Lunatic asylums in Bengal annual reports 1888-1898 - 1888-1898
Year: 1888
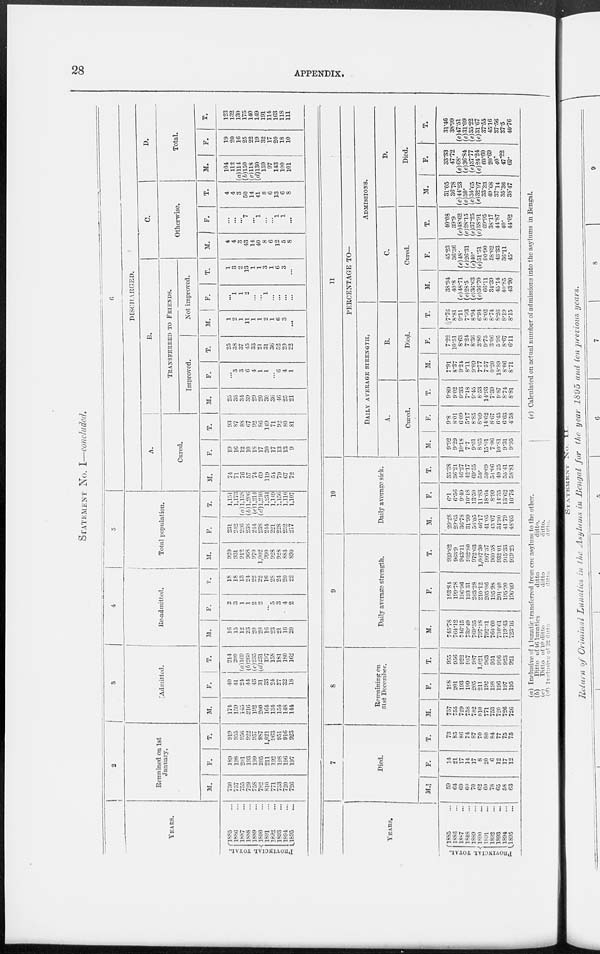
28
APPENDIX.
STATEMENT No. I—concluded.
YEARS.
PROVINCIAL TOTAL.
1885 ...
1886 ...
1887 ...
1888 ...
1889 ...
1890 ...
1891 ...
1892 ...
1893 ...
1894 ...
1895 ...
2
Remained on 1st
January.
M.
730
757
755
729
758
782
810
771
753
720
726
F.
189
198
201
193
199
205
211
192
198
196
197
T.
919
955
956
922
957
987
1,021
963
951
916
923
3
Admitted.
M.
174
159
145
216
192
200
164
134
154
148
144
F.
40
41
24
44
43
31
33
24
27
32
18
T.
214
200
(a)169
(b)260
(c)235
(d)231
197
158
181
180
162
4
Re-admitted.
M.
16
15
12
23
20
20
16
23
21
16
20
F.
2
3
1
1
2
2
...
5
3
4
2
T.
18
18
13
24
22
22
16
28
24
20
22
5
Total population.
M.
920
931
912
968
970
1,002
990
928
928
884
890
F.
231
242
226
238
244
238
244
221
228
232
217
T.
1,151
1,173
(a) 1,138
(b)1,206
(c)1,214
(d)1,240
1,234
1,149
1,156
1,116
1,107
6
DISCHARGED.
A.
Cured.
M.
74
71
76
57
74
69
119
54
79
67
72
F.
19
16
12
10
18
17
30
17
13
13
9
T.
93
87
88
67
92
86
149
71
92
80
81
B.
TRANSFERRED TO FRIENDS.
Improved.
M.
25
35
34
39
29
20
30
36
46
25
21
F.
...
3
3
6
4
1
1
...
6
4
1
T.
25
38
37
45
33
21
31
36
52
29
22
Not improved.
M.
1
2
1
11
1
1
2
1
6
3
...
F.
...
1
1
2
...
...
1
...
...
...
...
T.
1
3
2
13
1
1
3
1
6
3
...
C.
Otherwise.
M.
4
4
3
43
14
40
8
6
12
5
8
F.
...
...
...
7
...
1
...
...
1
1
...
T.
4
4
3
50
14
41
8
6
13
6
8
D.
Total.
M.
104
112
(a)114
(b)150
(c)118
(d)130
159
97
143
100
101
F.
19
20
16
25
22
19
32
17
20
18
10
T.
123
132
130
175
140
149
191
114
163
118
111
YEARS.
PROVINCIAL TOTAL.
1885 ...
1886 ...
1887 ...
1888 ...
1889 ...
1890 ...
1891 ...
1892 ...
1893 ...
1894 ...
1895 ...
7
Died.
M.
59
64
69
60
70
62
60
78
65
58
63
F.
14
21
17
14
17
8
20
6
12
17
12
T.
73
85
86
74
87
70
80
84
77
75
75
8
Remaining on
31st December.
M.
757
755
729
758
782
810
771
753
720
726
726
F.
198
201
193
199
205
211
192
198
196
197
195
T.
955
956
922
957
987
1,021
963
951
916
923
921
9
Daily average strength.
M.
745.78
764.12
746.15
739.49
769.35
797.18
792.31
764.60
730.61
719.43
723.16
F.
193.84
199.78
196.96
193.31
203.28
210.12
205.06
195.98
201.40
195.90
196.09
T.
939.62
963.9
943.11
932.80
972.63
1,007.30
997.37
960.58
932.01
915.33
919.25
10
Daily average sick.
M.
29.28
29.65
36.78
31.99
56.05
46.17
41.05
45.07
34.90
41.79
48.05
F.
6.1
6.56
9.49
10.18
13.50
11.83
18.64
8.99
14.35
13.62
10.76
T.
35.38
36.21
46.27
42.17
69.55
58.
59.69
54.06
49.25
55.41
58.81
11
PERCENTAGE TO—
DAILY AVERAGE STRENGTH.
A.
Cured.
M.
9.92
9.29
10.18
7.7
9.61
8.65
15.01
7.06
10.81
9.31
9.95
F.
9.8
8.01
6.09
5.17
8.85
8.09
14.62
8.67
6.45
6.63
4.58
T.
9.89
9.02
9.33
7.18
9.45
8.53
14.93
7.39
9.87
8.74
8.81
B.
Died.
M.
7.91
8.37
9.24
8.11
9.09
7.77
7.57
0.20
18.89
8.06
8.71
F.
7.22
10.51
8.63
7.24
8.36
3.80
9.75
3.06
5.95
8.67
6.11
T.
7.76
8.81
9.11
7.93
8.94
6.94
8.02
8.74
8.26
8.19
8.15
ADMISSIONS.
C.
Cured.
M.
38.94
40.8
(e)48.7l
(e)28.5
(e)36.63
(e)36.70
66.11
34.39
45.14
40.85
43.90
F.
45.23
36.36
(e)48.
(e)26.31
(e)40.
(e)51.51
90.90
58.62
43.33
36.11
45.
T.
40.08
39.9
(e)48.62
(e)28.15
(e)37.25
(e)38.91
69.95
38.17
44.87
40.
44.02
D.
Died.
M.
31.05
36.78
(e)44.23
(e)30.
(e)34.65
(e)32.97
33.33
49.68
37.14
35.36
38.47
F.
33.33
47.72
(e)68.
(e)36.84 (e)37.77
(e)24.24 60.60
20.69
40.
47.22
60.
T.
31.46
38.99
(e)47.51
(e)31.09
(e)35.22
(e)31.67 37.55
45.16
37.56
37.5
40.76
(a) Inclusive of 1 lunatic transferred from one asylum to the other.
(b)
Ditto of 46 lunatics
ditto
ditto.
(c)
Ditto of 10 ditto
ditto
ditto.
(d) Inclusive of 32 ditto
ditto
ditto.
(e) Calculated on actual number of admissions into the asylums in Bengal.